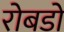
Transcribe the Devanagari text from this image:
रोबडो